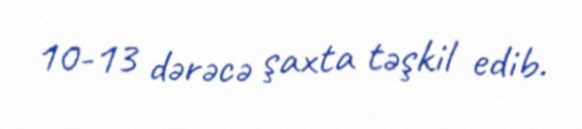
10-13 dərəcə şaxta təşkil edib.